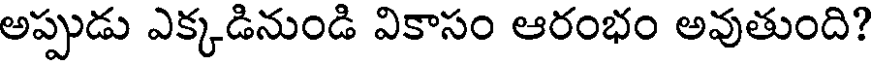
అప్పుడు ఎక్కడినుండి వికాసం ఆరంభం అవుతుంది?